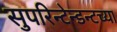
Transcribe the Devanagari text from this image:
सुपरिन्टेन्डन्टच्या